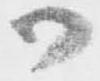
御